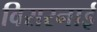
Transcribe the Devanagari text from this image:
विसरनाई